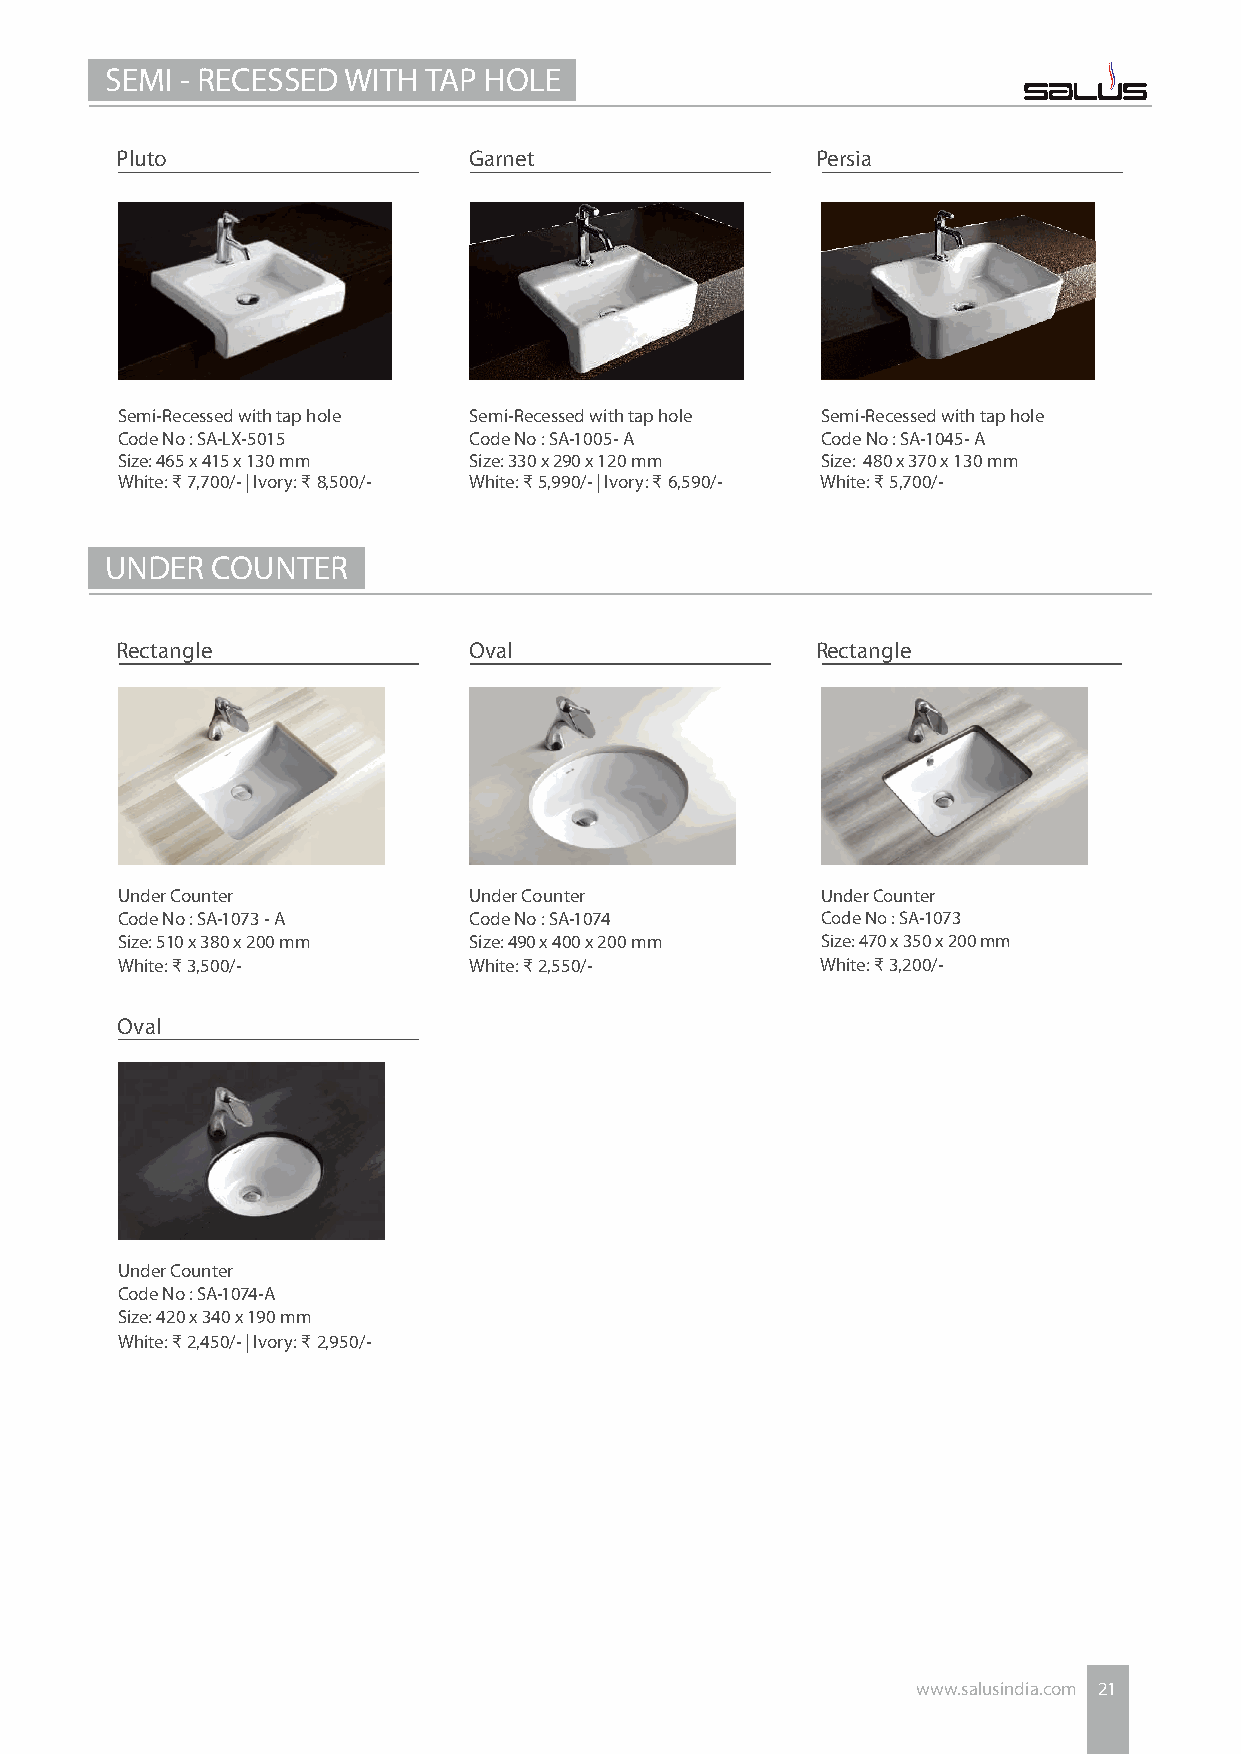
SEMI - RECESSED WITH TAP HOLE
 Pluto                  Garnet                 Persia
 Semi-Recessed with tap hole Semi-Recessed with tap hole Semi-Recessed with tap hole
 Code No : SA-LX-5015   Code No : SA-1005- A   Code No : SA-1045- A
 Size: 465 x 415 x 130 mm Size: 330 x 290 x 120 mm Size: 480 x 370 x 130 mm
 White: ₹ 7,700/- | Ivory: ₹ 8,500/- White: ₹ 5,990/- | Ivory: ₹ 6,590/- White: ₹ 5,700/-
 UNDER  COUNTER
 Rectangle              Oval                   Rectangle
 Under Counter          Under Counter          Under Counter
 Code No : SA-1073 - A  Code No : SA-1074      Code No : SA-1073
 Size: 510 x 380 x 200 mm Size: 490 x 400 x 200 mm Size: 470 x 350 x 200 mm
 White: ₹ 3,500/-       White: ₹ 2,550/-       White: ₹ 3,200/-
 Oval
 Under Counter
 Code No : SA-1074-A
 Size: 420 x 340 x 190 mm
 White: ₹ 2,450/- | Ivory: ₹ 2,950/-
 www.salusindia.com 21